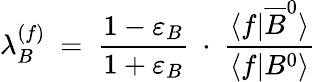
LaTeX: \lambda_{B}^{(f)}\ =\ \frac{1-\varepsilon_{B}}{1+\varepsilon_{B}}\ \cdot\ \frac{\langle f|\overline{{B}}^{0}\rangle}{\langle f|B^{0}\rangle}